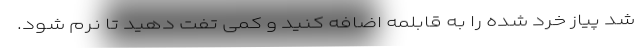
شد پیاز خرد شده را به قابلمه اضافه کنید و کمی تفت دهید تا نرم شود.